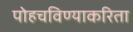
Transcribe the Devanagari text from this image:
पोहचविण्याकरिता